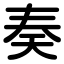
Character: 奏